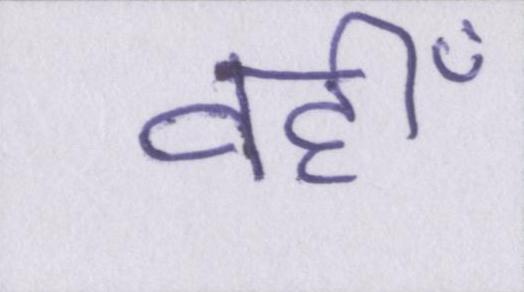
वहीँ